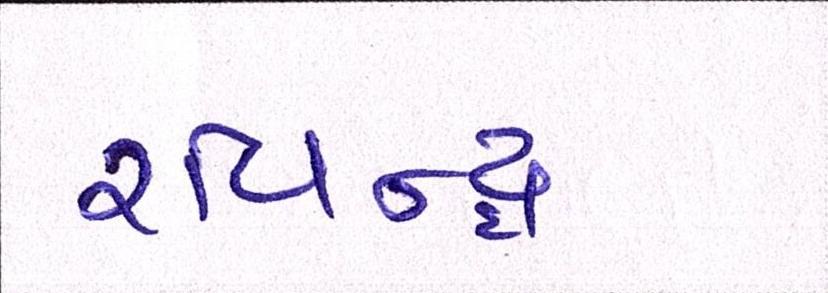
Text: રવિન્દ્ર